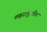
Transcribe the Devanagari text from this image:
शहरापुरतीच